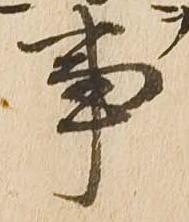
事